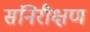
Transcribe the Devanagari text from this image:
संनिरीक्षण